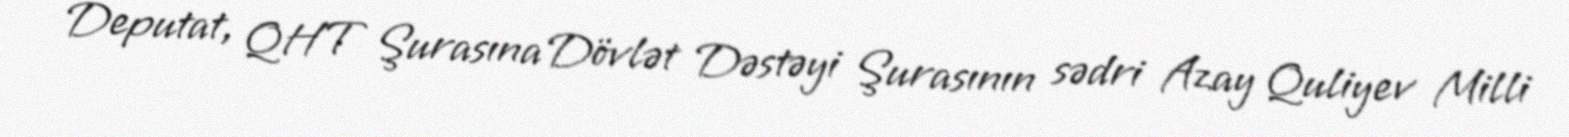
Deputat, QHT Şurasına Dövlət Dəstəyi Şurasının sədri Azay Quliyev Milli